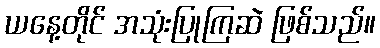
ယနေ့တိုင် အသုံးပြုကြဆဲ ဖြစ်သည်။